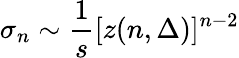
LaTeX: \sigma_{n}\sim\frac{1}{s}[z(n,\Delta)]^{n-2}